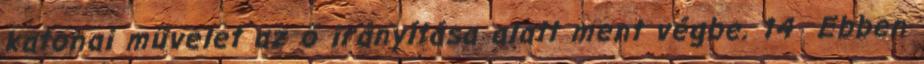
katonai művelet az ő irányítása alatt ment végbe. 14 Ebben